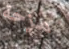
مزحة